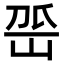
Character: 𡶳